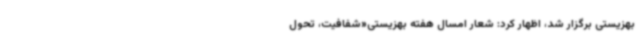
بهزیستی برگزار شد، اظهار کرد: شعار امسال هفته بهزیستی«شفافیت، تحول